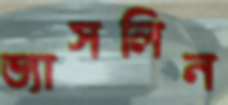
ভ্যাসলিন